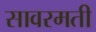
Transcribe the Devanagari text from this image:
सावरमती